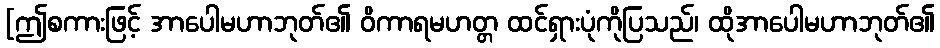
[ဤစကားဖြင့် အာပေါမဟာဘုတ်၏ ဝိကာရမဟတ္တ ထင်ရှားပုံကိုပြသည်၊ ထိုအာပေါမဟာဘုတ်၏